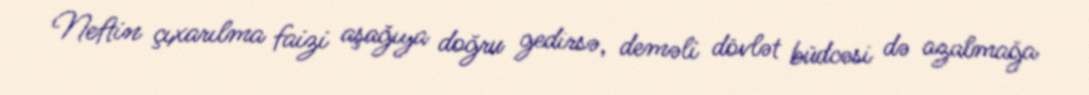
Neftin çıxarılma faizi aşağıya doğru gedirsə, deməli dövlət büdcəsi də azalmağa